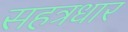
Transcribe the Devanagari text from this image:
सहत्रधार